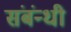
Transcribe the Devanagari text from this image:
संबंन्धी